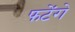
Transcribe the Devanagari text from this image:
फटेंगे